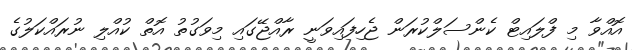
އޮއްވާ މި ފްލައިޓް ކެންސަލްކުރަން ޖެހިފައިވަނީ ރާއްޖޭގައި މިވަގުތު އޮތް ކުއްލި ނުރައްކަލުގެ